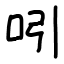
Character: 吲